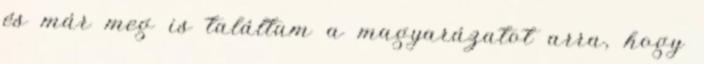
és már meg is találtam a magyarázatot arra, hogy